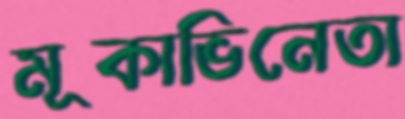
মূকাভিনেতা